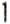
1